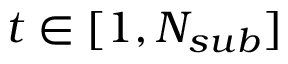
t \in [ 1 , N _ { s u b } ]